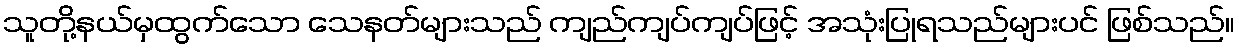
သူတို့နယ်မှထွက်သော သေနတ်များသည် ကျည်ကျပ်ကျပ်ဖြင့် အသုံးပြုရသည်များပင် ဖြစ်သည်။